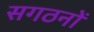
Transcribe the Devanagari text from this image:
सगठनों